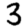
Digit: 3